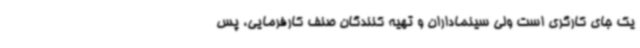
یک جای کارگری است ولی سینماداران و تهیه کنندگان صنف کارفرمایی، پس